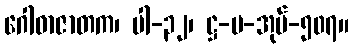
ဂေါဓာဇာတက၊ ပါ-၃၂၊ ဋ္ဌ-ပ-အုပ်-၅၀၇။